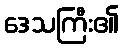
ဒေသကြီး၏